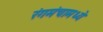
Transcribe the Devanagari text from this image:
रंगमंचामध्ये